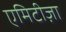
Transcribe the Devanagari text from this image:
एमिटीज़ा